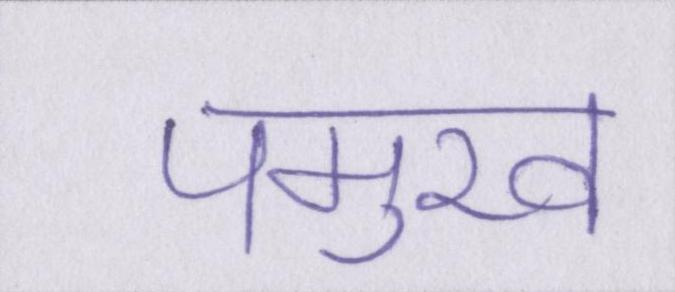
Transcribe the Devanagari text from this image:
पमुख